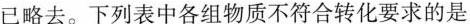
已略去。下列表中各组物质不符合转化要求的是